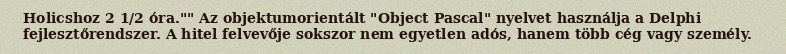
Holicshoz 2 1/2 óra."" Az objektumorientált "Object Pascal" nyelvet használja a Delphi fejlesztőrendszer. A hitel felvevője sokszor nem egyetlen adós, hanem több cég vagy személy.